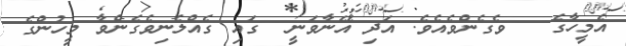
އެމީހާގެ   ވެގެންވެއެވެ. އަދި އޭނާވަނީ  ގައި ގެއްލެނިވެގެންވާ މީހުންގެ